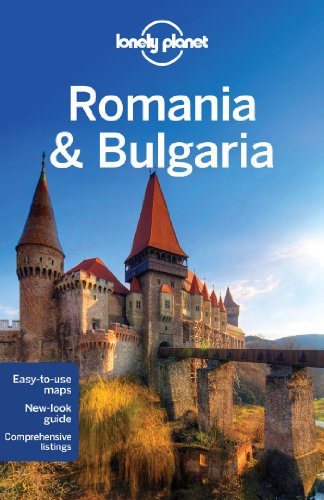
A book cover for Lonely Planet Romania & Bulgaria (Travel Guide); Lonely Planet; Travel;